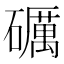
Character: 礪